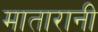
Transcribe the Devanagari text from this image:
मातारानी